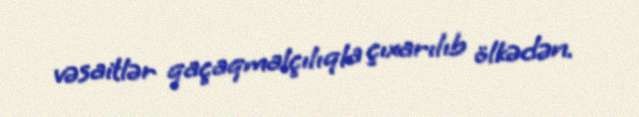
vəsaitlər qaçaqmalçılıqla çıxarılıb ölkədən.